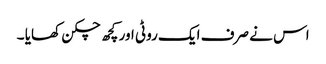
اس نے صرف ایک روٹی اور کچھ چکن کھایا ۔